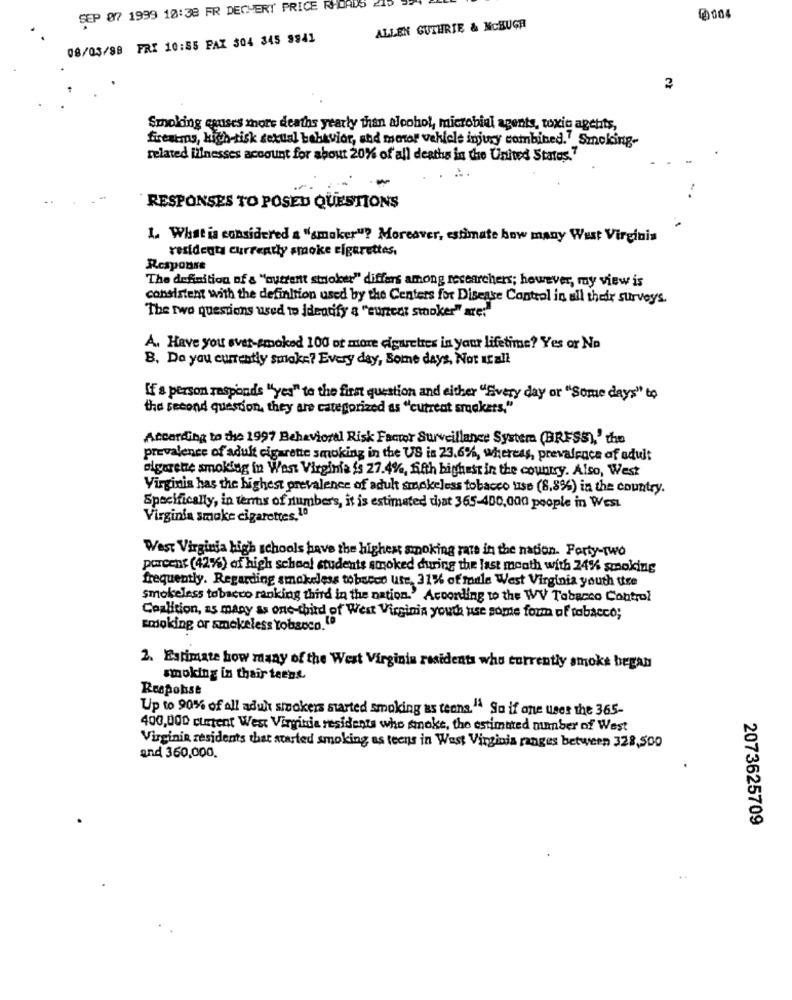
SEP 07 1999 18:38 FR DECHERY PRICE RHOADS
ALLEN GUTHRIE & NCBUGA
08/03/88 FRI 10:55 PAX 304 345 9941
Smoking equses thore deaths yearly than alcohol, microbial agents, toxic agents,
firearms, high-risk sexual behavior, and motor vehicle injury combined. Smoking-
related illnesses account for about 20% of all deaths in the United States."
RESPONSES TO POSED QUESTIONS
1. What is considered a "smaker"? Moreaver, estimate how many West Virginia
residents currently smoke cigarettes,
Response
The definition of a "autrent stoker" differs among researchers; however, my view is
consistent with the definition used by the Centers for Disease Control in all their surveys.
The two questions used to identify a "eureal smoker" are:"
A. Have you ever-smoked 100 or more cigarettes in your lifetime? Yes or No
B. Do you currently smoke? Every day, Some days, Not Icall
If's person responds "yes" to the first question and either "Every day or "Some days" to
the second question, they are categorized as "current smaakers."
According to the 1997 Behavioral Risk Factor Surveillance System (BRFSS),' the
prevalence of adult cigarette smoking in the US is 23.6%, whereas, prevalence of adult
cigarette smoking in West Virginia is 27.4%, fish bighest in the country. Also, West
Virginia has the highest prevalence of adult smokeless tobacco use (8,8%) in the country.
Specifically, in terms of number's, it is estimated that 365-400,000 people in West
Virginia smoke cigarettes, 10
West Virginia high schools have the highest smoking rate in the nation. Forty-two
porcent (42%) of high school students smoked during the last month with 24% smoking
frequently. Regarding smokeless tobacco ute, 31%% of faule West Virginia youth ttre
smokeless tobacco ranking third in the nation. According to the WV Tobacco Control
Coalition, as many as one-third of West Virginia your use some form of tobacco;
smoking or smokeless tobacco. [
2. Estimate how many of the West Virginia residents who currently smoke began
smoking in thair teens.
Response
Up to 90% of all adult smokers started smoking as teens. " So if one uses the 365-
400,000 chetent West Virginia residents who smoke, the estimated number of West
Virginia residents that started smoking as teens in West Virginia ranges between 328,500
and 360,000.
2073625709